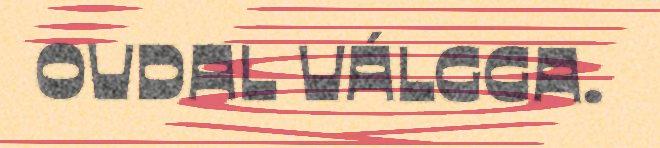
OVDAL VÁLGGA.